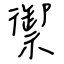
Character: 禦